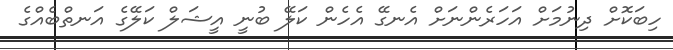
ހިބަކޮށް ދިނުމަށް އަހަރެންނަށް އެނގޭ އެހެން ކަލޭ ބުނީ އީޝަލް ކަލޭގެ އަނތްބެއްގެ